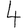
Digit: 4